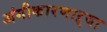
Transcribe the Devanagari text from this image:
अंगीकारणाऱ्या